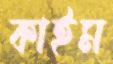
কাইম